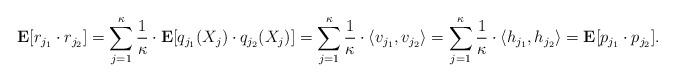
LaTeX: \begin{align*}\mathbf{E}[r_{j_1} \cdot r_{j_2}] = \sum_{j=1}^\kappa \frac{1}{\kappa} \cdot \mathbf{E}[q_{j_1}(X_j) \cdot q_{j_2}(X_j)] = \sum_{j=1}^\kappa \frac{1}{\kappa} \cdot \langle v_{j_1}, v_{j_2} \rangle=\sum_{j=1}^\kappa \frac{1}{\kappa} \cdot \langle h_{j_1}, h_{j_2} \rangle = \mathbf{E} [p_{j_1} \cdot p_{j_2}].\end{align*}